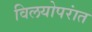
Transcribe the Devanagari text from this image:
विलयोपरांत